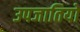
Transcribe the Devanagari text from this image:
उपजातियो